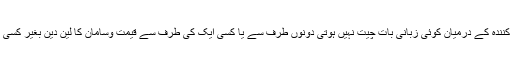
اور اس دوران خریدار و فروخت کنندہ کے درمیان کوئی زبانی بات چیت نہیں ہوتی دونوں طرف سے یا کسی ایک کی طرف سے قیمت وسامان کا لین دین بغیر کسی زبانی ایجاب وقبول کے ہوتا ہے۔